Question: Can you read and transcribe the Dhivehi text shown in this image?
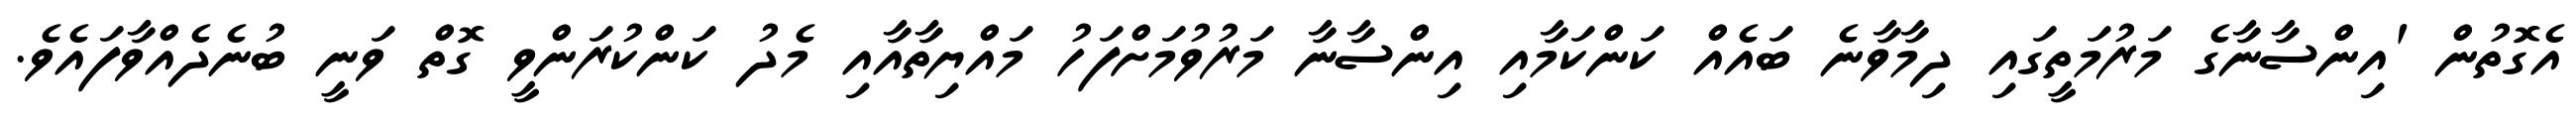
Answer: އެގޮތުން 'އިންސާނާގެ މަރުމަތީގައި ދިމާވާނެ ބައެއް ކަންކަމާއި އިންސާނާ މަރުވުމަށްފަހު މައްޔިތާއާއި މެދު ކަންކުރަންވީ ގޮތް ވަނީ ބުނެދެއްވާފައެވެ.